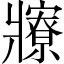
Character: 𤖡